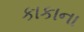
કાકાના